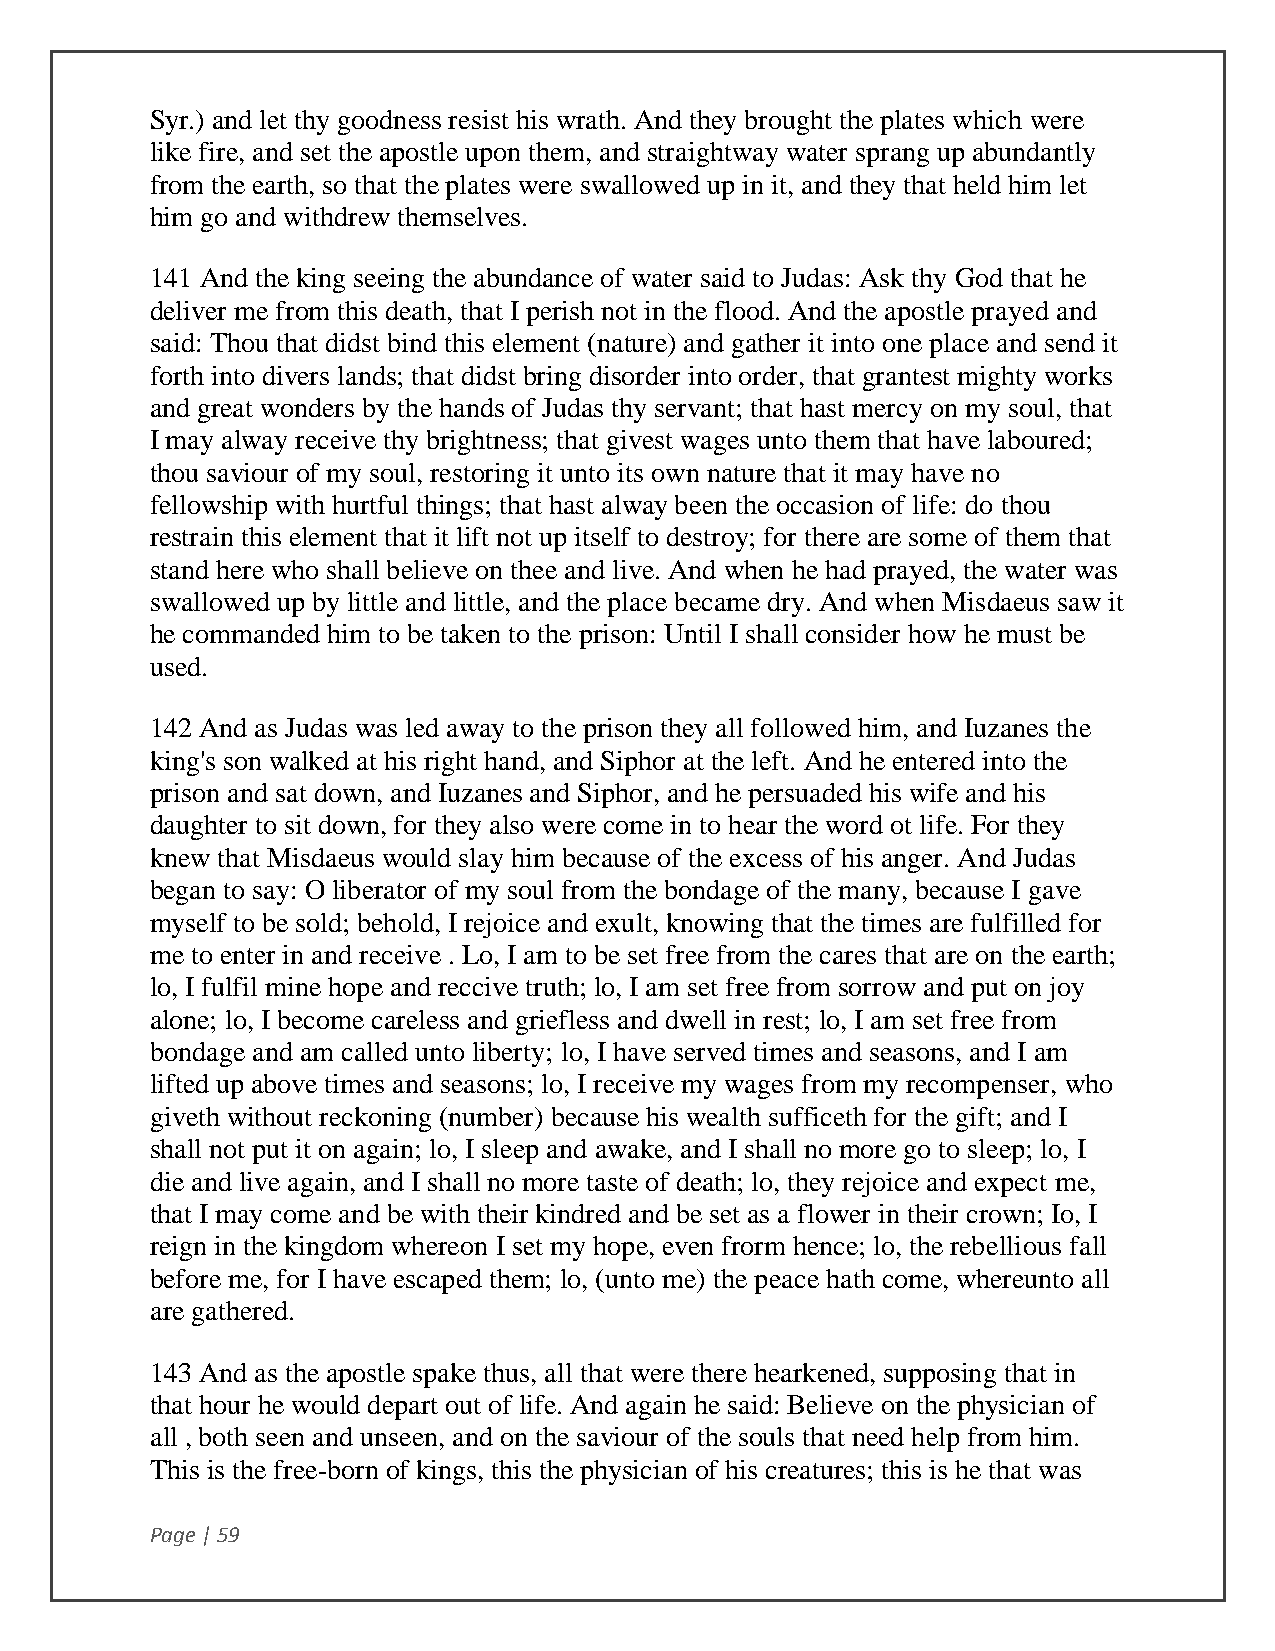
Syr.) and let thy goodness resist his wrath. And they brought the plates which were
 like fire, and set the apostle upon them, and straightway water sprang up abundantly
 from the earth, so that the plates were swallowed up in it, and they that held him let
 him go and withdrew themselves.
 141 And the king seeing the abundance of water said to Judas: Ask thy God that he
 deliver me from this death, that I perish not in the flood. And the apostle prayed and
 said: Thou that didst bind this element (nature) and gather it into one place and send it
 forth into divers lands; that didst bring disorder into order, that grantest mighty works
 and great wonders by the hands of Judas thy servant; that hast mercy on my soul, that
 I may alway receive thy brightness; that givest wages unto them that have laboured;
 thou saviour of my soul, restoring it unto its own nature that it may have no
 fellowship with hurtful things; that hast alway been the occasion of life: do thou
 restrain this element that it lift not up itself to destroy; for there are some of them that
 stand here who shall believe on thee and live. And when he had prayed, the water was
 swallowed up by little and little, and the place became dry. And when Misdaeus saw it
 he commanded him to be taken to the prison: Until I shall consider how he must be
 used.
 142 And as Judas was led away to the prison they all followed him, and Iuzanes the
 king's son walked at his right hand, and Siphor at the left. And he entered into the
 prison and sat down, and Iuzanes and Siphor, and he persuaded his wife and his
 daughter to sit down, for they also were come in to hear the word ot life. For they
 knew that Misdaeus would slay him because of the excess of his anger. And Judas
 began to say: O liberator of my soul from the bondage of the many, because I gave
 myself to be sold; behold, I rejoice and exult, knowing that the times are fulfilled for
 me to enter in and receive . Lo, I am to be set free from the cares that are on the earth;
 lo, I fulfil mine hope and reccive truth; lo, I am set free from sorrow and put on joy
 alone; lo, I become careless and griefless and dwell in rest; lo, I am set free from
 bondage and am called unto liberty; lo, I have served times and seasons, and I am
 lifted up above times and seasons; lo, I receive my wages from my recompenser, who
 giveth without reckoning (number) because his wealth sufficeth for the gift; and I
 shall not put it on again; lo, I sleep and awake, and I shall no more go to sleep; lo, I
 die and live again, and I shall no more taste of death; lo, they rejoice and expect me,
 that I may come and be with their kindred and be set as a flower in their crown; Io, I
 reign in the kingdom whereon I set my hope, even frorm hence; lo, the rebellious fall
 before me, for I have escaped them; lo, (unto me) the peace hath come, whereunto all
 are gathered.
 143 And as the apostle spake thus, all that were there hearkened, supposing that in
 that hour he would depart out of life. And again he said: Believe on the physician of
 all , both seen and unseen, and on the saviour of the souls that need help from him.
 This is the free-born of kings, this the physician of his creatures; this is he that was
 Page | 59